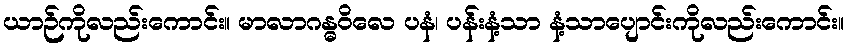
ယာဉ်ကိုလည်းကောင်း။ မာလာဂန္ဓဝိလေ ပနံ၊ ပန်းနံ့သာ နံ့သာပျောင်းကိုလည်းကောင်း။